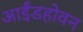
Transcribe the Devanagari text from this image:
आईंडहोवन